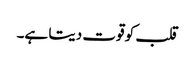
قلب کو قوت دیتا ہے۔